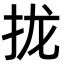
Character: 拢